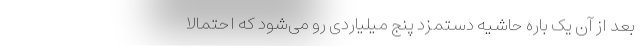
بعد از آن یک باره حاشیه دستمزد پنج میلیاردی رو می‌شود که احتمالاً